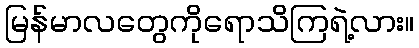
မြန်မာလတွေကိုရောသိကြရဲ့လား။